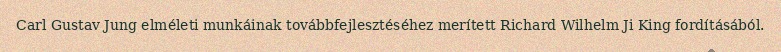
Carl Gustav Jung elméleti munkáinak továbbfejlesztéséhez merített Richard Wilhelm Ji King fordításából.